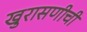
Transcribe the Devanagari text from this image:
खुरासणीची